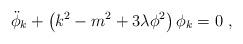
LaTeX: \begin{align*}\ddot \phi_k + \left( k^2 -m^2 +3 \lambda \phi^2 \right) \phi_k=0\ ,\end{align*}